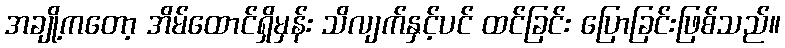
အချို့ကတော့ အိမ်ထောင်ရှိမှန်း သိလျက်နှင့်ပင် ထင်ခြင်း ပြောခြင်းဖြစ်သည်။